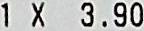
1 X 3.90